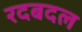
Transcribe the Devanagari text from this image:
रदबदल